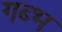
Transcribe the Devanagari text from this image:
गब्भ